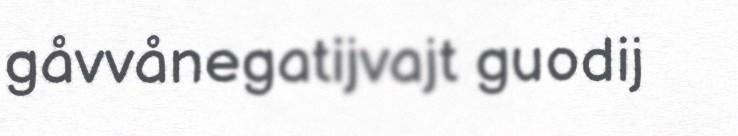
gåvvånegatijvajt guodij